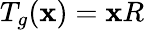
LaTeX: T_{g}(\mathbf{x})=\mathbf{x}R